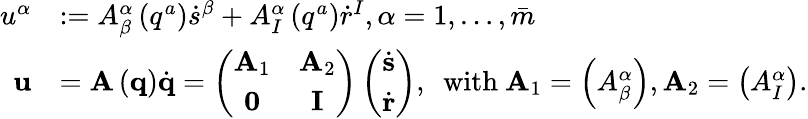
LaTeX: \begin{array}{rl}{u^{\alpha}}&{:=A_{\beta}^{\alpha}\left(q^{a}\right)\dot{s}^{\beta}+A_{I}^{\alpha}\left(q^{a}\right)\dot{r}^{I},\alpha=1,\ldots,\bar{m}}\\ {\mathbf{u}}&{=\mathbf{A}\left(\mathbf{q}\right)\dot{\mathbf{q}}=\left(\begin{array}{cc}{\mathbf{A}_{1}}&{\mathbf{A}_{2}}\\ {\mathbf{0}}&{\mathbf{I}}\end{array}\right)\left(\begin{array}{c}{\dot{\mathbf{s}}}\\ {\dot{\mathbf{r}}}\end{array}\right),\ \ \mathrm{with\ }\mathbf{A}_{1}=\left(A_{\beta}^{\alpha}\right),\mathbf{A}_{2}=\left(A_{I}^{\alpha}\right).}\end{array}